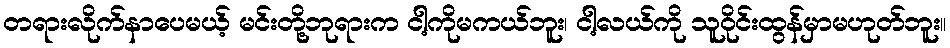
တရားလိုက်နာပေမယ့် မင်းတို့ဘုရားက ငါ့ကိုမကယ်ဘူး၊ ငါ့လယ်ကို သူဝိုင်းထွန်မှာမဟုတ်ဘူး။